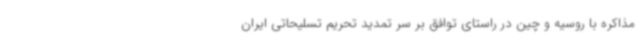
مذاکره با روسیه و چین در راستای توافق بر سر تمدید تحریم تسلیحاتی ایران